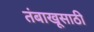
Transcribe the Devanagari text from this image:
तंबाखूसाठी